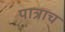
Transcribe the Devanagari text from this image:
पात्राच